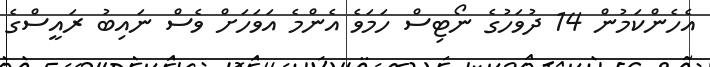
އެހެންކަމުން 14 ދުވަހުގެ ނޯޓިސް ހަމަވެ އެންމެ އަވަހަށް ވެސް ނައިބު ރައީސްގެ